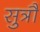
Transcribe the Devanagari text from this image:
सुत्रौं